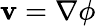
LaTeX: \mathbf{v}=\nabla\phi